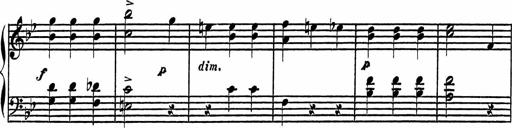
Title: 4 Piano Sonatinas
Composer: Adam Geibel